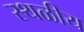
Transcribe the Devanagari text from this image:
स्थळीय